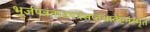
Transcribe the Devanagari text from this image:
भूर्जपत्रंताडपत्रंसप्तधावेष्टनंस्मृतं